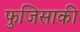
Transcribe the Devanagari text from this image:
फुजिसाकी